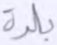
بلدة